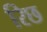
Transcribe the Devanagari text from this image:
रिछ